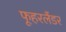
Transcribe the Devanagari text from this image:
फूहरलैंडर